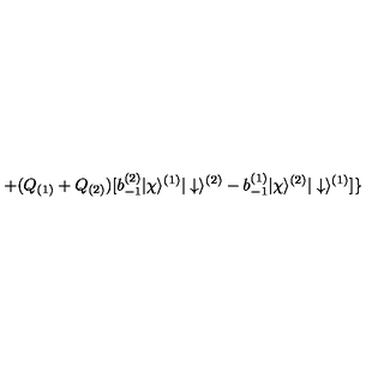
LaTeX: + ( Q _ { ( 1 ) } + Q _ { ( 2 ) } ) [ b _ { - 1 } ^ { ( 2 ) } | \chi \rangle ^ { ( 1 ) } | \downarrow \rangle ^ { ( 2 ) } - b _ { - 1 } ^ { ( 1 ) } | \chi \rangle ^ { ( 2 ) } | \downarrow \rangle ^ { ( 1 ) } ] \mathrm { \Large { \} } }